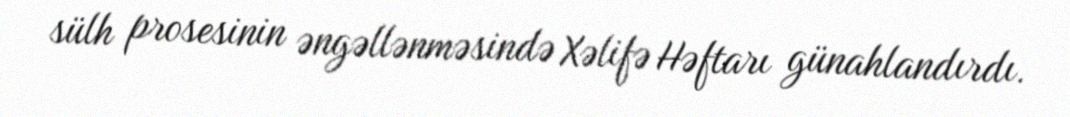
sülh prosesinin əngəllənməsində Xəlifə Həftarı günahlandırdı.